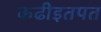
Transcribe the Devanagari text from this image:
कढीइतपत